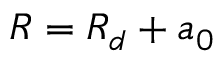
R = R _ { d } + a _ { 0 }